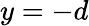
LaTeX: y=-d